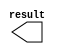
// megafunction wizard: %LPM_CONSTANT%VBB%
// GENERATION: STANDARD
// VERSION: WM1.0
// MODULE: LPM_CONSTANT 

// ============================================================
// Megafunction Name(s):
// 			LPM_CONSTANT
//
// Simulation Library Files(s):
// 			
// ============================================================
// ************************************************************
// THIS IS A WIZARD-GENERATED FILE. DO NOT EDIT THIS FILE!
//
// 13.0.1 Build 232 06/12/2013 SP 1 SJ Web Edition
// ************************************************************

//Copyright (C) 1991-2013 Altera Corporation
//Your use of Altera Corporation's design tools, logic functions 
//and other software and tools, and its AMPP partner logic 
//functions, and any output files from any of the foregoing 
//(including device programming or simulation files), and any 
//associated documentation or information are expressly subject 
//to the terms and conditions of the Altera Program License 
//Subscription Agreement, Altera MegaCore Function License 
//Agreement, or other applicable license agreement, including, 
//without limitation, that your use is for the sole purpose of 
//programming logic devices manufactured by Altera and sold by 
//Altera or its authorized distributors.  Please refer to the 
//applicable agreement for further details.

module lpm_constant4 (
	result)/* synthesis synthesis_clearbox = 1 */;

	output	[31:0]  result;

endmodule

// ============================================================
// CNX file retrieval info
// ============================================================
// Retrieval info: PRIVATE: INTENDED_DEVICE_FAMILY STRING "Cyclone II"
// Retrieval info: PRIVATE: JTAG_ENABLED NUMERIC "0"
// Retrieval info: PRIVATE: JTAG_ID STRING "NONE"
// Retrieval info: PRIVATE: Radix NUMERIC "10"
// Retrieval info: PRIVATE: SYNTH_WRAPPER_GEN_POSTFIX STRING "1"
// Retrieval info: PRIVATE: Value NUMERIC "4"
// Retrieval info: PRIVATE: nBit NUMERIC "32"
// Retrieval info: PRIVATE: new_diagram STRING "1"
// Retrieval info: LIBRARY: lpm lpm.lpm_components.all
// Retrieval info: CONSTANT: LPM_CVALUE NUMERIC "4"
// Retrieval info: CONSTANT: LPM_HINT STRING "ENABLE_RUNTIME_MOD=NO"
// Retrieval info: CONSTANT: LPM_TYPE STRING "LPM_CONSTANT"
// Retrieval info: CONSTANT: LPM_WIDTH NUMERIC "32"
// Retrieval info: USED_PORT: result 0 0 32 0 OUTPUT NODEFVAL "result[31..0]"
// Retrieval info: CONNECT: result 0 0 32 0 @result 0 0 32 0
// Retrieval info: GEN_FILE: TYPE_NORMAL lpm_constant4.v TRUE
// Retrieval info: GEN_FILE: TYPE_NORMAL lpm_constant4.inc FALSE
// Retrieval info: GEN_FILE: TYPE_NORMAL lpm_constant4.cmp FALSE
// Retrieval info: GEN_FILE: TYPE_NORMAL lpm_constant4.bsf TRUE FALSE
// Retrieval info: GEN_FILE: TYPE_NORMAL lpm_constant4_inst.v FALSE
// Retrieval info: GEN_FILE: TYPE_NORMAL lpm_constant4_bb.v TRUE
// Retrieval info: GEN_FILE: TYPE_NORMAL lpm_constant4_syn.v TRUE